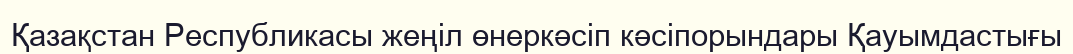
Қазақстан Республикасы жеңіл өнеркәсіп кәсіпорындары Қауымдастығы